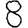
Digit: 8